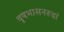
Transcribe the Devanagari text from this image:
वृषभासनरूढां